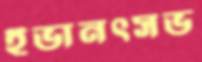
ইভানৎসভ